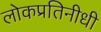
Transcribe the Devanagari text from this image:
लोकप्रतिनीधी